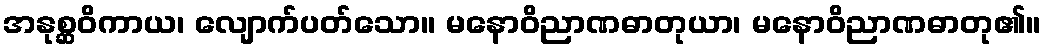
အနုစ္ဆဝိကာယ၊ လျောက်ပတ်သော။ မနောဝိညာဏဓာတုယာ၊ မနောဝိညာဏဓာတု၏။